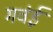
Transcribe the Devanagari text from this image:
गवंई